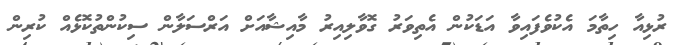
ރުޅިއާ ހިތާމަ އެކުވެފައިވާ އަޑަކުން އެތިވަރު ގޮވާލިއިރު މާއިޝާއަށް އަރްސަލާން ސިކުންތުކޮޅެއް ކުރިން